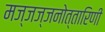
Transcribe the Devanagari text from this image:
मज्जज्जनोत्तारिणी